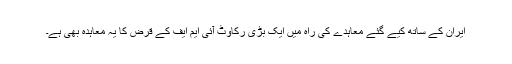
ایران کے ساتھ کیے گئے معاہدے کی راہ میں ایک بڑی رکاوٹ آئی ایم ایف کے قرض کا یہ معاہدہ بھی ہے۔